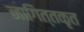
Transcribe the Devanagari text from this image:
नागित्तकृत